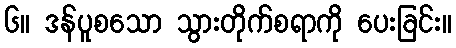
၆။ ဒန်ပူစသော သွားတိုက်စရာကို ပေးခြင်း။